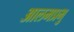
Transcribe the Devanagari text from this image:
आलमप्रभु